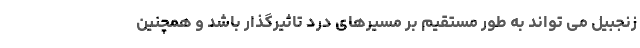
زنجبیل می تواند به طور مستقیم بر مسیرهای درد تاثیرگذار باشد و همچنین